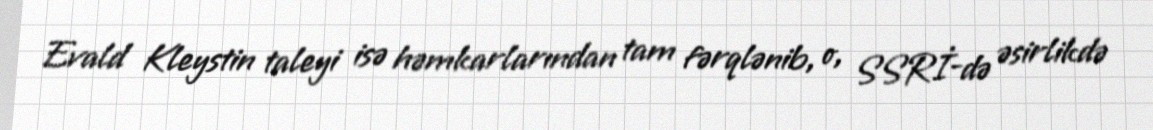
Evald Kleystin taleyi isə həmkarlarından tam fərqlənib, o, SSRİ-də əsirlikdə